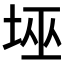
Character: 𱖫